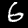
Digit: 6